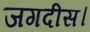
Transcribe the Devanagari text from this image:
जगदीस।